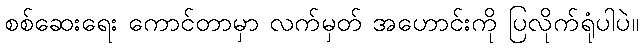
စစ်ဆေးရေး ကောင်တာမှာ လက်မှတ် အဟောင်းကို ပြလိုက်ရုံပါပဲ။